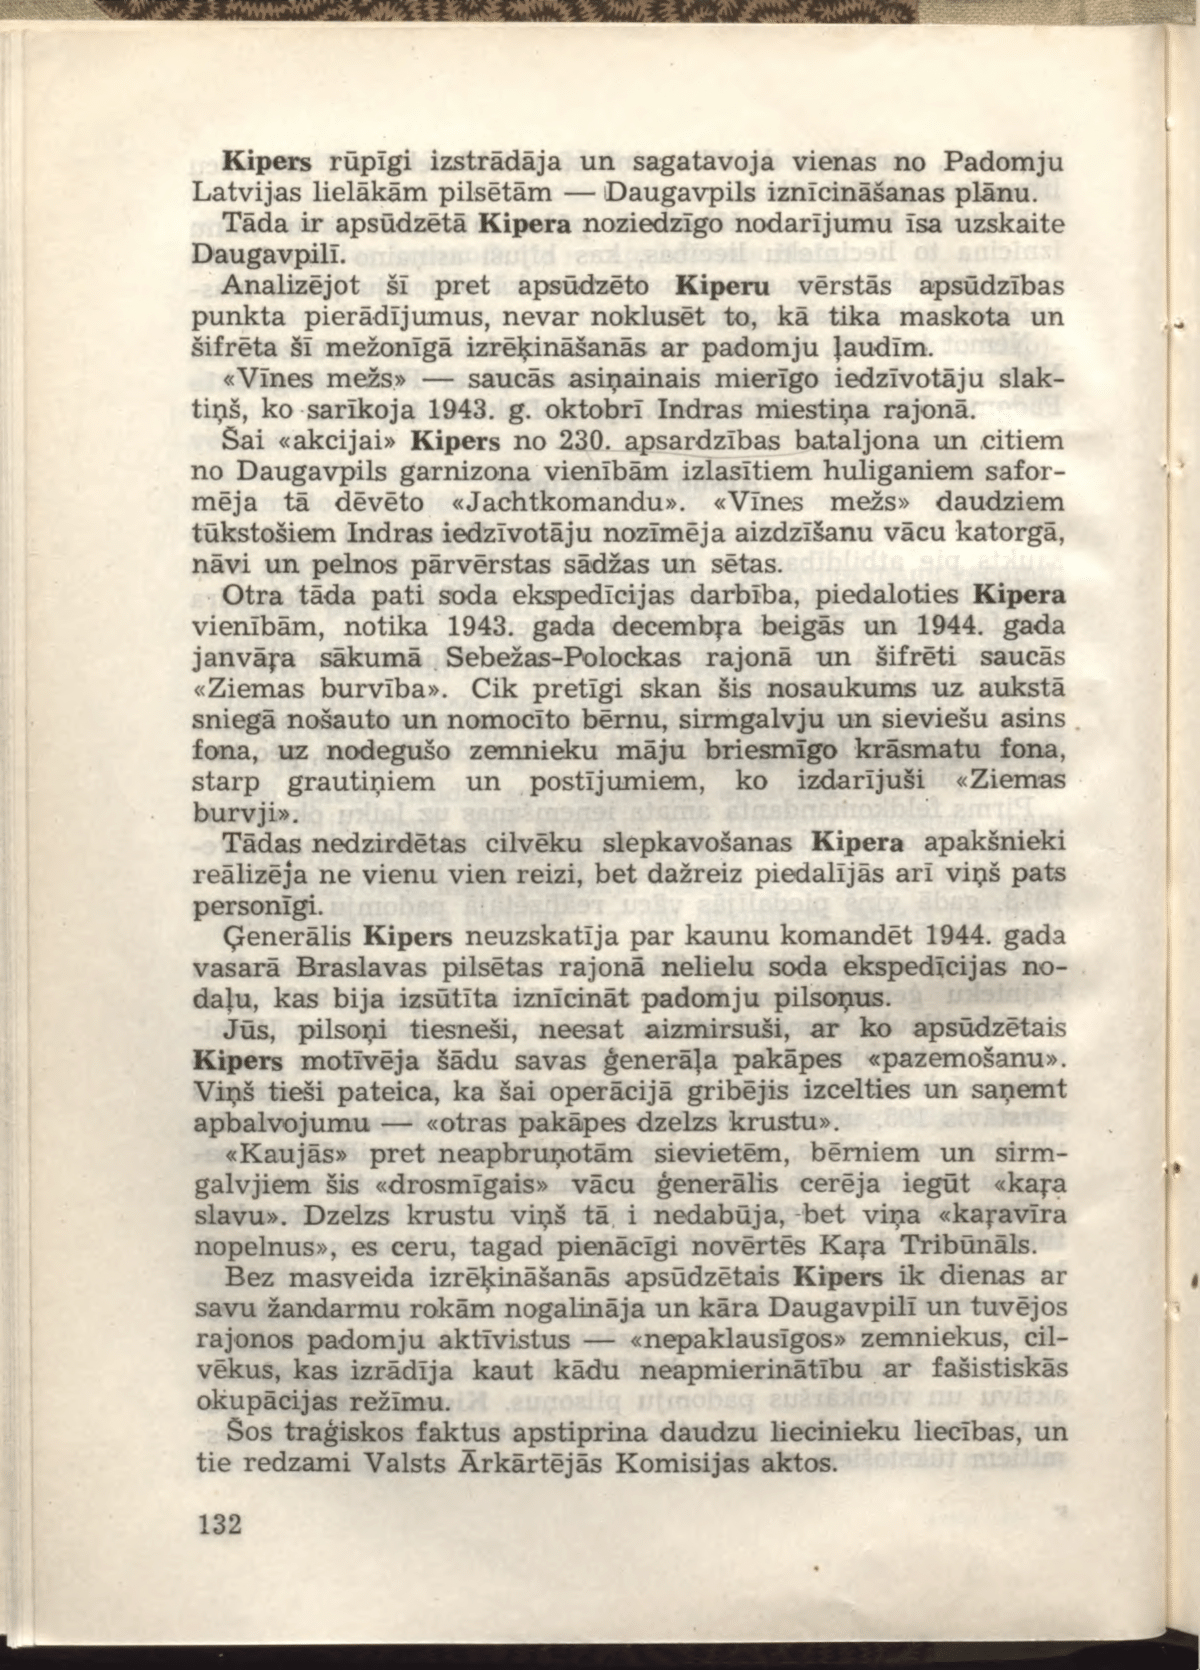
Language: lv